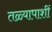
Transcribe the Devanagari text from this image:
तळ्यापाशीं